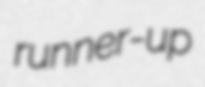
runner-up